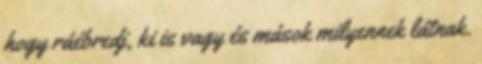
hogy ráébredj, ki is vagy és mások milyennek látnak.